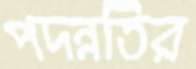
পদন্নতির